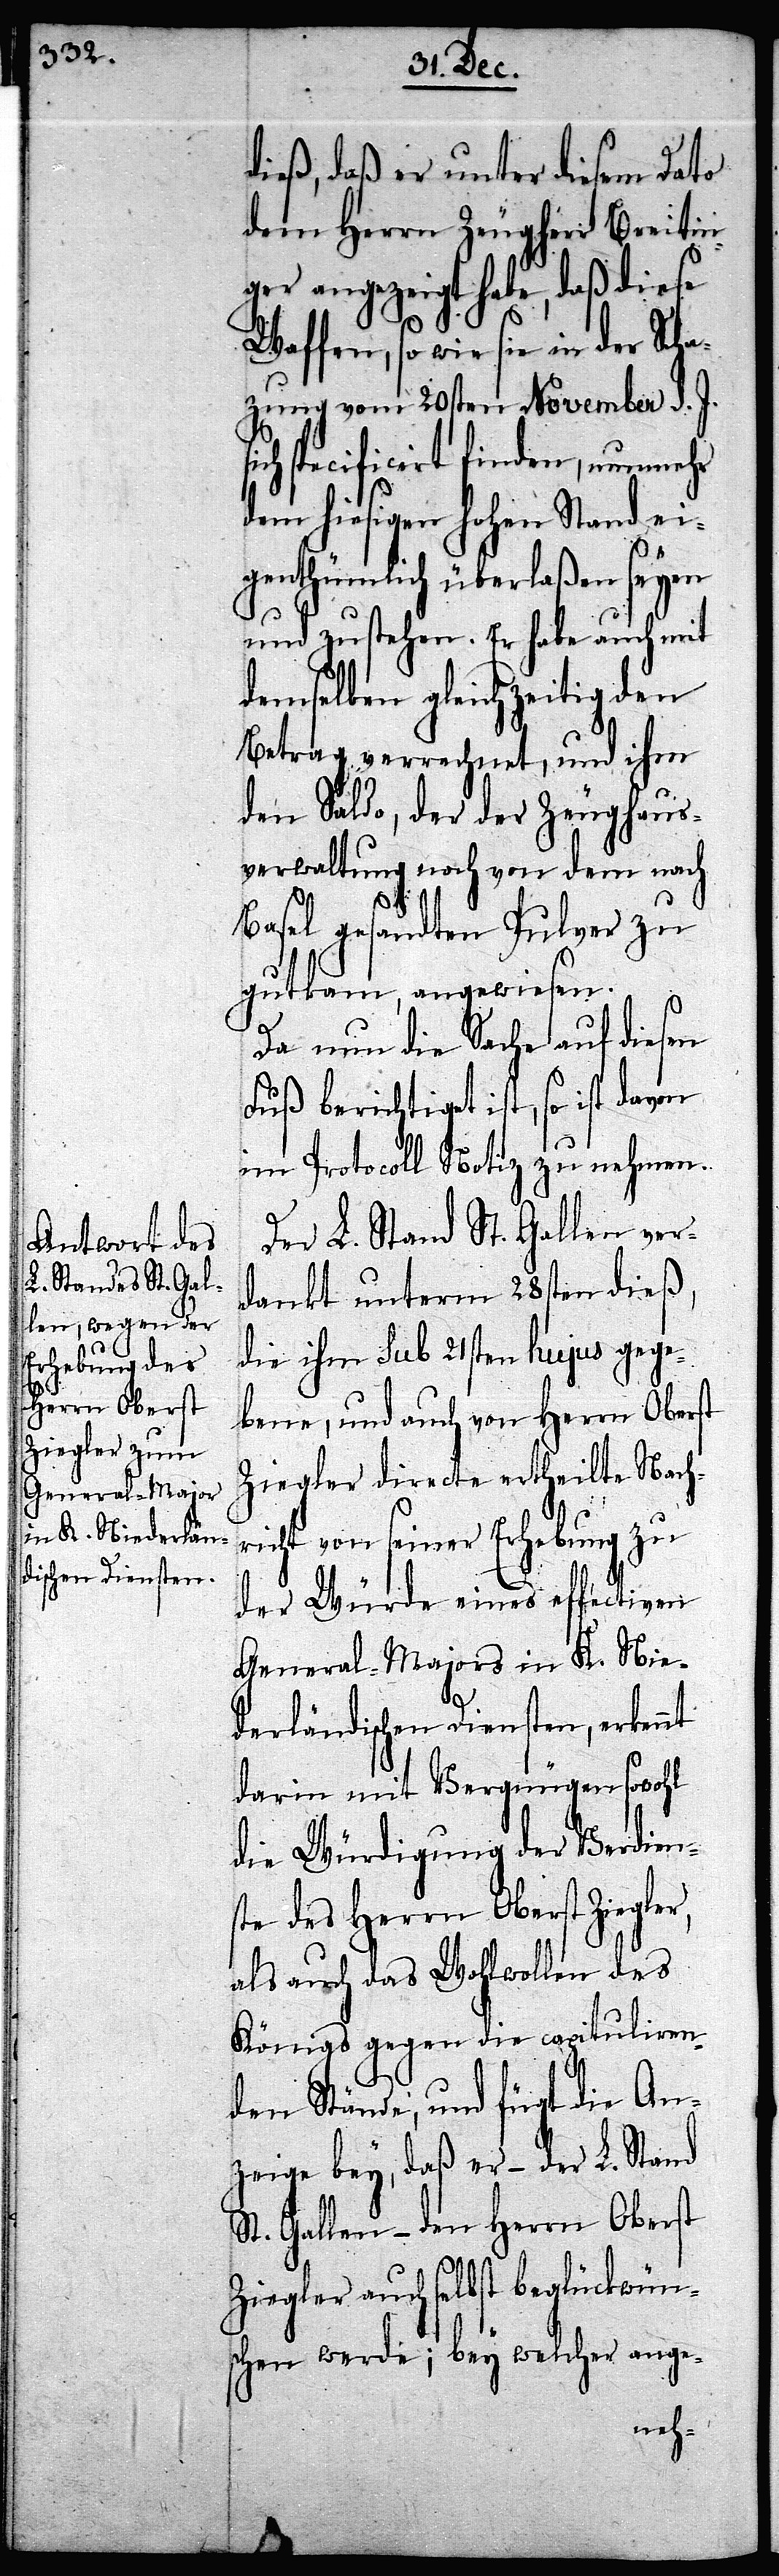
dieß, daß er unter diesem Dato
dem Herrn Zeugherr Breitin¬
ger angezeigt habe, daß diese
Waffen, so wie sie in der Sc¬
hazung vom 20sten November d. J.
specificirt finden, nunmehr
dem hiesigen Hohen Stand ei¬
genthümlich überlaßen seyen
und zustehen. Er habe auch mit
demselben gleichzeitig den
Betrag verrechnet, und ihm
den Saldo, der der Zeughaus¬
verwaltung noch von dem nach
Basel gesandten Pulver zu
gutkam, angewiesen.
Da nun die Sache auf diesen
Fuß berichtiget ist, so
im Protocoll Notiz zu nehmen.
Der L. Stand St. Gallen ver¬
dankt unterm 28sten dieß,
die ihm sub 21sten hujus gege¬
bene, und auch von Herrn Oberst
Ziegler directe ertheilte Nach¬
richt von seiner Erhebung zu
der Würde eines effectiven
General-Majors in K. Nie¬
derländischen Diensten, erkennt
darin mit Vergnügen sowohl
die Würdigung der Verdien¬
ste des Herrn Oberst Ziegler,
als auch das Wohlwollen des
Königs gegen die capitulieren¬
den Stände; und fügt die An¬
zeige bey, daß er – der L. Stand
St. Gallen – den Herrn Oberst
Ziegler auch selbst beglückwüns¬
chen werde; bey welcher ange-